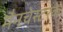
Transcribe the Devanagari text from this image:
मैनचेस्टरके